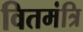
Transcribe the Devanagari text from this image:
वितमंत्रि